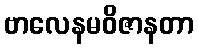
ဗာလေနမဝိဇာနတာ